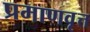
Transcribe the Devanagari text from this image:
प्रमाणवृत्त